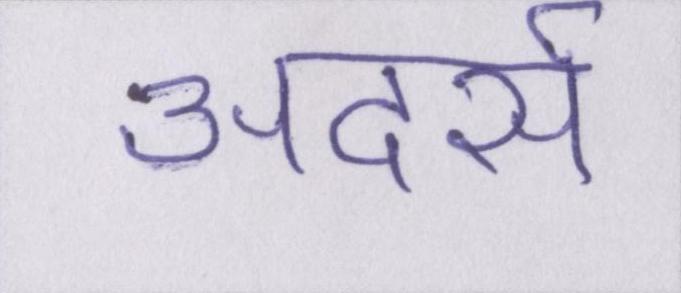
अदर्स